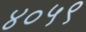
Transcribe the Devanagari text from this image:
४०५९